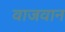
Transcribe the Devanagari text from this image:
वाजवान